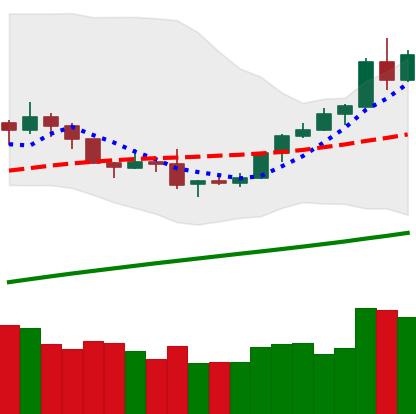
Ticker: BTC-USD
Chart end date: 2019-08-07
Forward return: -4.684%
Label: down_3_5